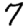
Digit: 7